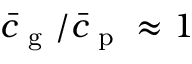
\bar { c } _ { \mathrm { ~ g ~ } } / \bar { c } _ { \mathrm { ~ p ~ } } \approx 1